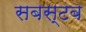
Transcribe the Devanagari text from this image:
सबस्टब